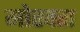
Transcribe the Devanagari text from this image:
मोस्क्स